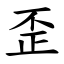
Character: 歪